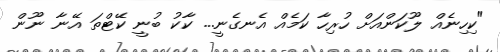
"ކިހިނެއް ލޫކަންއަށް ހުރިހާ ކަމެއް އެނގެނީ... ކާކު ބުނީ ކޭޓްތަ އޭނާ ނޫން